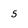
Character: 5